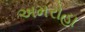
અમરોહા